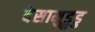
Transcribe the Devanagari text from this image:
देसामुड्रुडु